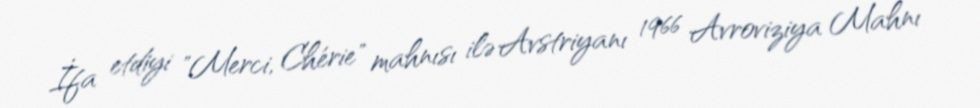
İfa etdiyi "Merci, Chérie" mahnısı ilə Avstriyanı 1966 Avroviziya Mahnı